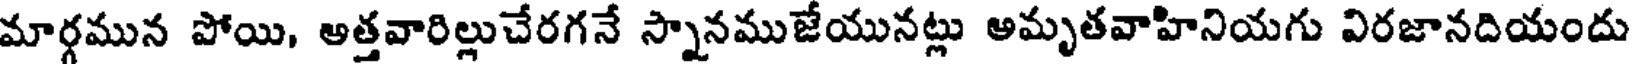
మార్గమున పోయి, అత్తవారిల్లుచేరగనే స్నానముజేయునట్లు అమృతవాహినియగు విరజానదియందు